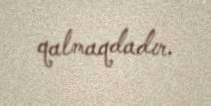
qalmaqdadır.